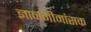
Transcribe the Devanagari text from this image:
ज्ञानमीमांसक